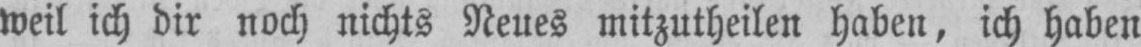
weil ich dir noch nichts Neues mitzutheilen haben, ich haben